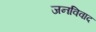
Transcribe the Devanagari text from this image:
जनविवाद